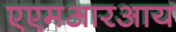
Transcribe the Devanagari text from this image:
एएमआरआय